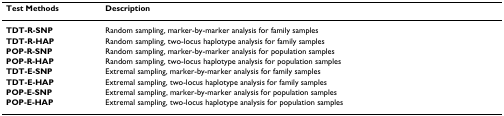
<table><thead><tr><td><b>Test Methods</b></td><td><b>Description</b></td></tr></thead><tbody><tr><td><b>TDT-R-SNP</b></td><td>Random sampling, marker-by-marker analysis for family samples</td></tr><tr><td><b>TDT-R-HAP</b></td><td>Random sampling, two-locus haplotype analysis for family samples</td></tr><tr><td><b>POP-R-SNP</b></td><td>Random sampling, marker-by-marker analysis for population samples</td></tr><tr><td><b>POP-R-HAP</b></td><td>Random sampling, two-locus haplotype analysis for population samples</td></tr><tr><td><b>TDT-E-SNP</b></td><td>Extremal sampling, marker-by-marker analysis for family samples</td></tr><tr><td><b>TDT-E-HAP</b></td><td>Extremal sampling, two-locus haplotype analysis for family samples</td></tr><tr><td><b>POP-E-SNP</b></td><td>Extremal sampling, marker-by-marker analysis for population samples</td></tr><tr><td><b>POP-E-HAP</b></td><td>Extremal sampling, two-locus haplotype analysis for population samples</td></tr></tbody></table>